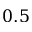
0 . 5